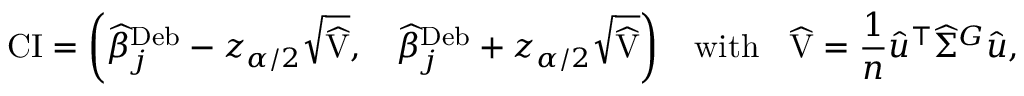
\small \mathrm { C I } = \left( \widehat { \beta } _ { j } ^ { \mathrm { D e b } } - z _ { \alpha / 2 } \sqrt { \widehat { \mathrm { V } } } , \quad \widehat { \beta } _ { j } ^ { \mathrm { D e b } } + z _ { \alpha / 2 } \sqrt { \widehat { \mathrm { V } } } \right) \quad \mathrm { w i t h } \quad \widehat { \mathrm { V } } = \frac { 1 } { n } \widehat { u } ^ { \intercal } \widehat { \Sigma } ^ { G } \widehat { u } ,